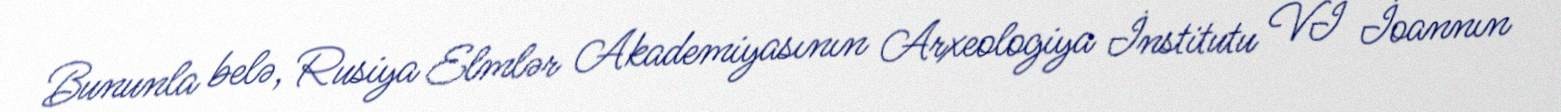
Bununla belə, Rusiya Elmlər Akademiyasının Arxeologiya İnstitutu VI İoannın